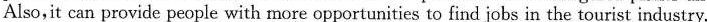
Also,it can provide people with more opportunities to find jobs in the tourist industry.